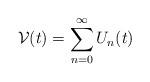
LaTeX: \begin{align*}\mathcal{V}(t)=\sum_{n=0}^{\infty}U_{n}(t)\end{align*}